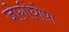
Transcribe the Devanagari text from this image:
जोगीघोपा